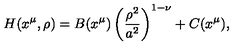
H ( x ^ { \mu } , \rho ) = B ( x ^ { \mu } ) \left( { \frac { \rho ^ { 2 } } { a ^ { 2 } } } \right) ^ { 1 - \nu } + C ( x ^ { \mu } ) ,